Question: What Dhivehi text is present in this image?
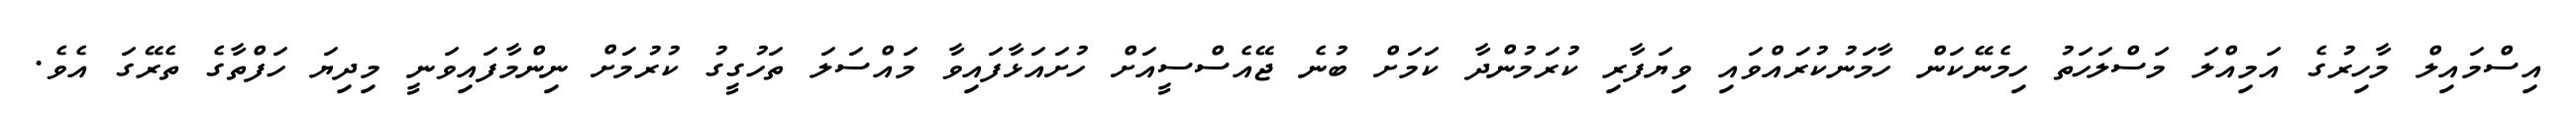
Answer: އިސްމައިލް މާހިރުގެ އަމިއްލަ މަސްލަހަތު ހިމެނޭކަން ހާމަނުކުރައްވައި ވިޔަފާރި ކުރަމުންދާ ކަމަށް ބުނެ ޖޭއެސްސީއަށް ހުށައަޅާފައިވާ މައްސަލަ ތަހުގީގު ކުރުމަށް ނިންމާފައިވަނީ މިދިޔަ ހަފްތާގެ ތެރޭގަ އެވެ.